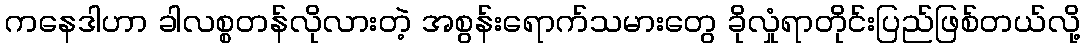
ကနေဒါဟာ ခါလစ္စတန်လိုလားတဲ့ အစွန်းရောက်သမားတွေ ခိုလှုံရာတိုင်းပြည်ဖြစ်တယ်လို့